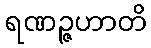
ရဏဉ္ဇဟာတိ